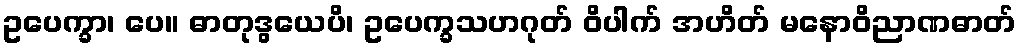
ဥပေက္ခာ၊ ပေ။ ဓာတုဒွယေပိ၊ ဥပေက္ခသဟဂုတ် ဝိပါက် အဟိတ် မနောဝိညာဏဓာတ်